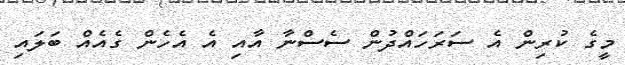
މީގެ ކުރިން އެ ސަރަަހައްދުން ސެސްނާ އާއި އެ އެހެން ގެއެއް ބަލައި